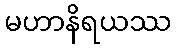
မဟာနိရယဿ